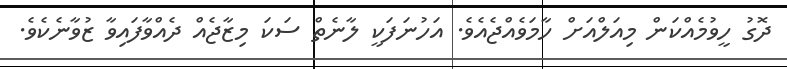
ދޮގު ހީވުމެއްކަން މިއަލްއަށް ހާމަވެއްޖެއެވެ. އަހުނަފަކީ ލާނެތް ސަކަ މިޒާޖެއް ދެއްވާފައިވާ ޒުވާނެކެވެ.